Report on lock hospitals in British Burma
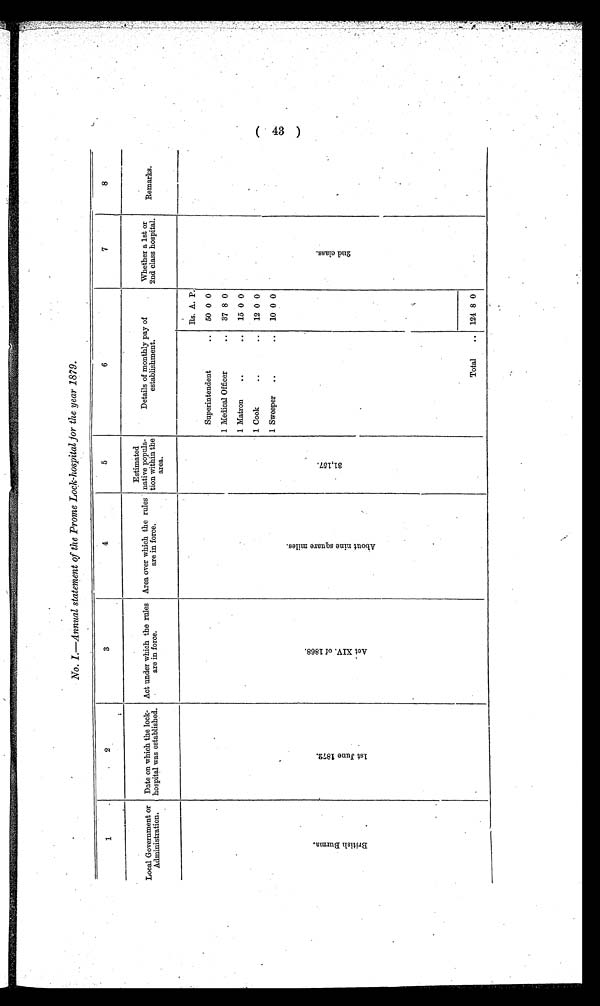
No. I.—Annual statement of the Prome Lock-hospital for the year 1879.
1
2
3
4
5
6
7
8
Local Government or
Administration.
Date on which the lock-
hospital was established.
Act under which the rules
are in force.
Area over which the rules
are in force.
Estimated
native popula-
tion within the
area.
Details of monthly pay of
establishment.
Whether a 1st or
2nd class hospital.
Remarks.
B r i t i s h B u r m a
1 s t J u n e 1 8 7 2 .
A c t X I V . o f 1 8 6 8 .
A b o u t n i n e s q u a r e m i l e s .
3 1 , 1 5 7 .
Rs. A. P.
2 n d c l a s s .
Superintendent
.. 50 0 0
1 Medical Officer
.. 37 8 0
1 Matron
..
.. 15 0 0
1 Cook..
12 0 0
1 Sweeper ..
..
1 0 0 0
Total
.. 124 8 0
( 43 )